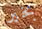
بخير